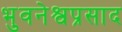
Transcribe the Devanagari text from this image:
भुवनेश्वप्रसाद